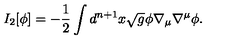
I _ { 2 } [ \phi ] = - { \frac { 1 } { 2 } } \int d ^ { n + 1 } x \sqrt { g } \phi \nabla _ { \mu } \nabla ^ { \mu } \phi .